Lunatic asylums Burma 1907-21 - 1907-1921
Year: 1907
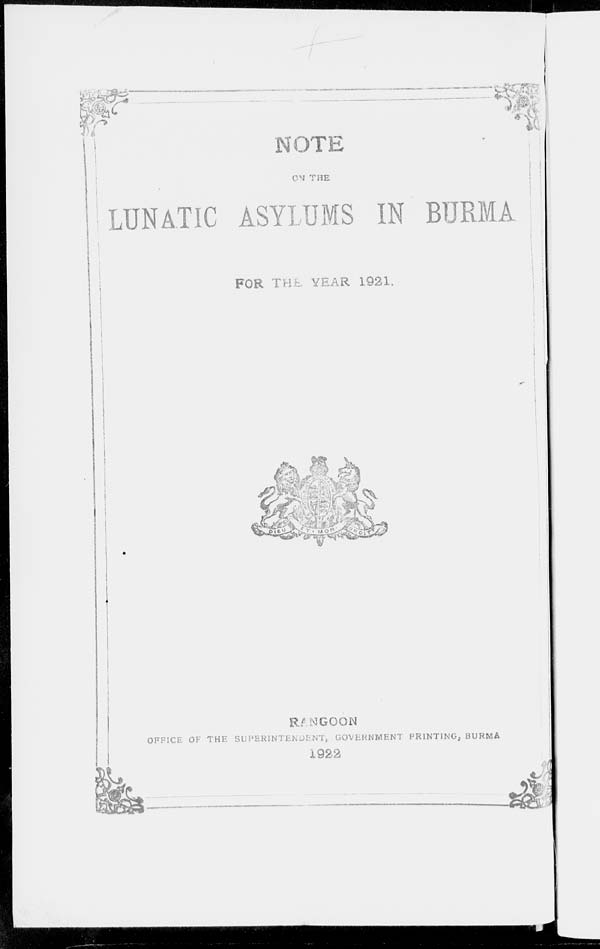
NOTE
ON THE
LUNATIC ASYLUMS IN BURMA
FOR THE YEAR 1921.
RANGOON
OFFICE OF THE SUPERINTENDENT, GOVERNMENT PRINTING, BURMA
1922